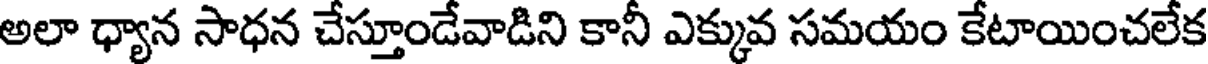
అలా ధ్యాన సాధన చేస్తూండేవాడిని కానీ ఎక్కువ సమయం కేటాయించలేక